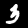
Label: 3